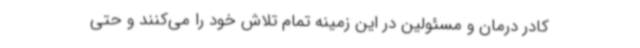
کادر درمان و مسئولین در این زمینه تمام تلاش خود را می‌کنند و حتی